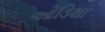
ઓડિશા